Account of plague administration in the Bombay Presidency from September 1896 till May 1897
Year: 1896
Disease focus: Plague
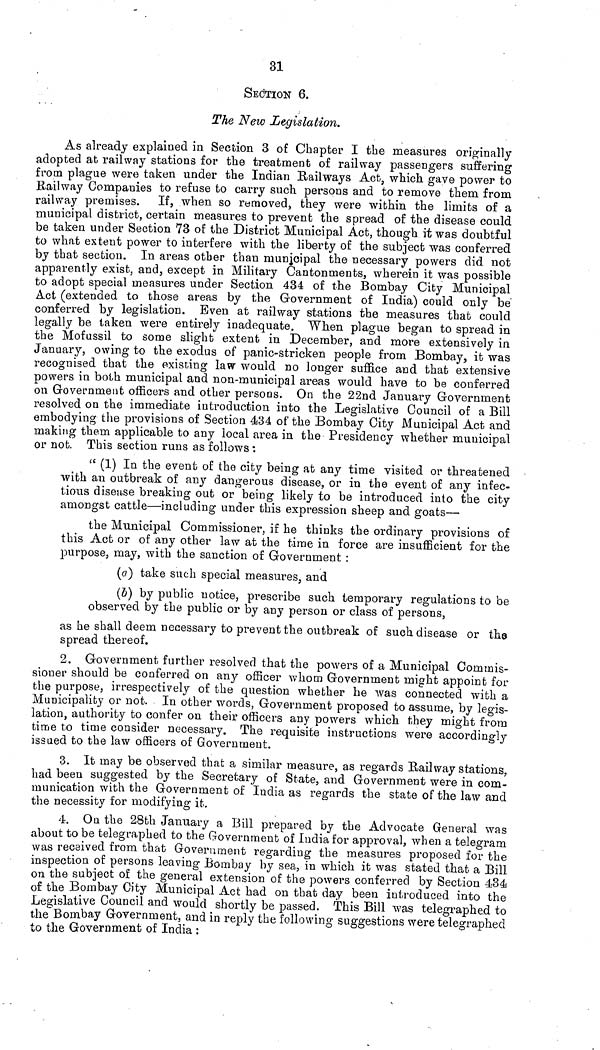
31
SECTION 6.
The New Legislation.
As already explained in Section 3 of Chapter I the measures originally
adopted at railway stations for the treatment of railway passengers suffering
from plague were taken under the Indian Railways Act, which gave power to
Railway Companies to refuse to carry such persons and to remove them from
railway premises. If, when so removed, they were within the limits of a
municipal district, certain measures to prevent the spread of the disease could
be taken under Section 73 of the District Municipal Act, though it was doubtful
to what extent power to interfere with the liberty of the subject was conferred
by that section. In areas other than municipal the necessary powers did not
apparently exist, and, except in Military Cantonments, wherein it was possible
to adopt special measures under Section 434 of the Bombay City Municipal
Act (extended to those areas by the Government of India) could only be
conferred by legislation. Even at railway stations the measures that could
legally be taken were entirely inadequate. When plague began to spread in
the Mofussil to some slight extent in December, and more extensively in
January 5 owing to the exodus of panic-stricken people from Bombay, it was
recognised that the existing law would no longer suffice and that extensive
powers in both municipal and non-municipal areas would have to be conferred
on Government officers and other persons. On the 22nd January Government
resolved on the immediate introduction into the Legislative Council of a Bill
embodying the provisions of Section 434 of the Bombay City Municipal Act and
making them applicable to any local area in the Presidency whether municipal
or not. This section runs as follows :
(t (1) In the event of the city being at any time visited or threatened
with an outbreak of any dangerous disease, or in the event of any infec-
tious diseuse breaking out or being likely to be introduced into the city
amongst cattle—including under this expression sheep and goats—
the Municipal Commissioner, if he thinks the ordinary provisions of
this Act or of any other law at the time in force are insufficient for the
purpose, may, with the sanction of Government :
(c?) take such special measures, and
(δ) by public notice, prescribe such temporary regulations to be
observed by the public or by any person or class of persons,
as he shall deem necessary to prevent the outbreak of such disease or the
spread thereof.
2. Government further resolved that the powers of a Municipal Commis-
sioner should be conferred on any officer whom Government might appoint for
the purpose, irrespectively of the question whether he was connected with a
Municipality or not. In other words, Government proposed to assume, by legis-
lation, authority to confer on their officers any powers which they might from
time to time consider necessary. The requisite instructions were accordingly
issued to the law officers of Government.
3. It may be observed that a similar measure, as regards Railway stations,
had been suggested by the Secretary of State, and Government were in com-
munication with the Government of India as regards the state of the law and
the necessity for modifying it.
4. On the 28th January a Bill prepared by the Advocate General was
about to be telegraphed to the Government of India for approval, when a telegram
was received from that Govern men t regarding the measures proposed for the
inspection of persons leaving Bombay by sea, in which it was stated that a Bill
on the subject of the general extension of the powers conferred by Section 43e
of the Bombay City Municipal Act had on that day been introduced into the
Legislative Council and would shortly be passed. This Bill was telegraphed to
the Bombay Government, and in reply the following suggestions were telegraphed
to the Government of India :